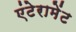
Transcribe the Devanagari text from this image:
एंटेरामेंट